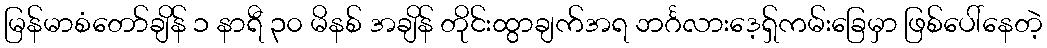
မြန်မာစံတော်ချိန် ၁ နာရီ ၃၀ မိနစ် အချိန် တိုင်းထွာချက်အရ ဘင်္ဂလားဒေ့ရှ်ကမ်းခြေမှာ ဖြစ်ပေါ်နေတဲ့